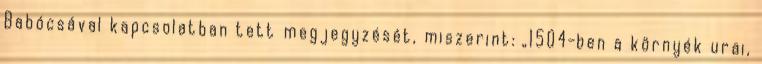
Babócsával kapcsolatban tett megjegyzését, miszerint: „1504-ben a környék urai,